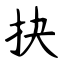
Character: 抉